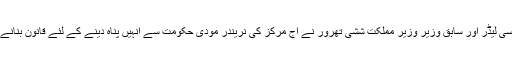
سینئر کانگریسی لیڈر اور سابق وزیر وزیر مملکت ششی تھرور نے آج مرکز کی نریندر مودی حکومت سے انہیں پناہ دینے کے لئے قانون بنانے کی اپیل کی ۔